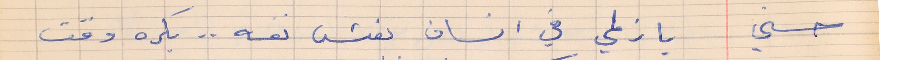
حسني      يا زلمي في انسان بغش نفسه . . بكره وقت